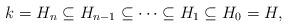
LaTeX: \begin{align*}k = H_{n} \subseteq H_{n-1}\subseteq \dots\subseteq H_1 \subseteq H_0 = H, \end{align*}